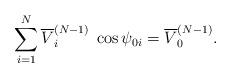
LaTeX: \begin{align*}\sum\limits_{i=1}^N \overline{V}_i^{(N-1)} \; \cos\psi_{0i} = \overline{V}_0^{(N-1)} .\end{align*}